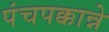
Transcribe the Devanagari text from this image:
पंचपक्कान्ने